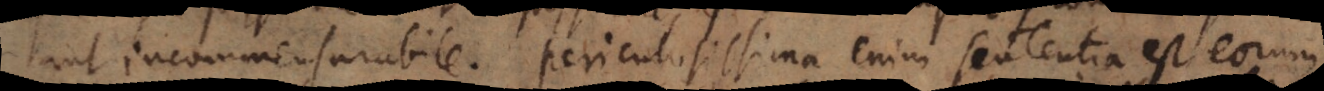
aut incommensurabile. Periculosissima enim sententia est eorum